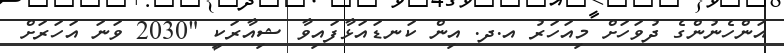
އަންހެނުންގެ ދުވަހަށް މިއަހަރު އ.ދ. އިން ކަނޑައަޅާފައިވާ ޝިއާރަކީ "2030 ވަނަ އަހަރަށް